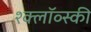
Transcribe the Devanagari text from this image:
श्क्लॉव्स्की